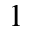
1